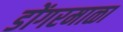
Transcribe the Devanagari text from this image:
डोंगरमाळा